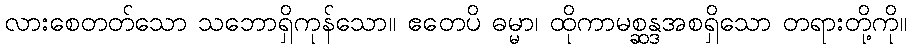
လားစေတတ်သော သဘောရှိကုန်သော။ ဧတေပိ ဓမ္မာ၊ ထိုကာမစ္ဆန္ဒအစရှိသော တရားတို့ကို။